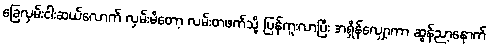
ခြေလှမ်းငါးဆယ်လောက် လှမ်းမိတော့ လမ်းတဖက်သို့ ပြန်ကူးလာပြီး အရှိန်လျှော့ကာ ဆွန်ညာ့နောက်